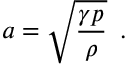
a = \sqrt { \frac { \gamma p } { \rho } } \, \mathrm { ~ . ~ }